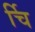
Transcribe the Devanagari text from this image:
र्चि